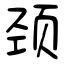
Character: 颈